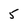
Character: 5